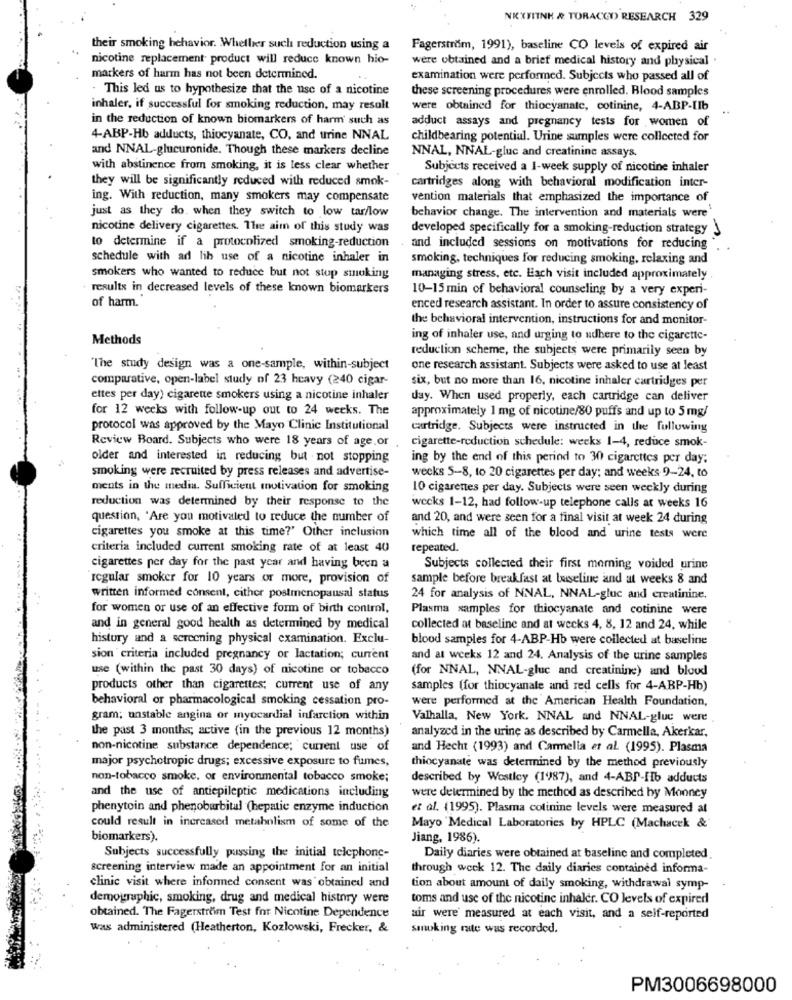
NEXFITNE & TORACCO RESEARCH 329
their smoking hehavior. Whether such reduction using a
Fagerström, 1991), baseline CO levels of expired air
nicotine replacement product will reduce known hio-
were obtained and a brief medical history and physical .
markers of harm has not been determined.
examination were performed. Subjects who passed all of
. This led us to hypothesize that the use of a nicotine
these screening procedures were enrolled. Blood samples
inhaler, if successful for smoking reduction, may result
were obtained for thiocyanate, cotinine, 4-ABP-LIb
in the reduction of known biomarkers of harm such as
adduct assays and pregnancy tests for women of
4-ABP-Hb adducts, thiocyanate, CO, and urine NNAL
childbearing potential. Urine sumples were collected for
and NNAL-glucuronide. Though these markers decline
NNAL, NNAL-gluc and creatinine assays.
with abstinence from smoking, it is less clear whether
Subjects received a I-week supply of nicotine inhaler
they will be significantly reduced with reduced smok-
cartridges along with behavioral modification inter-
ing. With reduction, many smokers may compensate
vention materials that emphasized the importance of
just as they do. when they switch to low tar/low
behavior change. The intervention and materials were'
nicotine delivery cigarettes. The aim of this study was
developed specifically for a smoking-reduction strategy }
to determine if a protocolized smoking-reduction
and included sessions on motivations for reducing
schedule with ad lib use of a nicotine inhaler in
smoking, techniques for reducing smoking, relaxing and
smokers who wanted to reduce but not stop smoking
managing stress, etc. Each visit included approximately
results in decreased levels of these known biomarkers
10-15 min of behavioral counseling by a very experi-
of harm.'
enced research assistant. In order to assure consistency of
the behavioral intervention, instructions for and monitor-
Methods
ing of inhaler use, and urging to adhere to the cigarette-
reduction scheme, the subjects were primarily seen by
"The study design was a one-sample, within-subject
one research assistant. Subjects were asked to use at least
comparative, open-label study of 23 heavy (240 cigar-
six, but no more than 16, nicotine inhaler cartridges per
ettes per day) cigarette smokers using a nicotine inhaler
day. When used properly, each cartridge can deliver
for 12 weeks with follow-up out to 24 weeks. The
approximately 1 mg of nicotine/80 puffs and up to 5 mg/
protocol was approved by the Mayo Clinic Institutional
cartridge. Subjects were instructed in the following
cigarette-reduction schedule: weeks 1-4, reduce smok-
Review Board. Subjects who were 18 years of age or ,
older and interested in reducing but not stopping
ing by the end of this perind to 30 cigarettes per day;
smoking were recruited by press releases and advertise-
weeks 5-8, to 20 cigarettes per day; and weeks 9-24, to
ments in the media. Sufficient motivation for smoking
10 cigarettes per day. Subjects were seen weekly during
reduction was determined by their response to the
wecks 1-12, had follow-up telephone calls at weeks 16
question, 'Are you motivated to reduce the number of
and 20, and were seen for a final visit at week 24 during
cigarettes you smoke at this time?' Other inclusion
which time all of the blood and urine tests were
criteria included current smoking rate of at least 40
repeated.
cigarettes per day for the past year and having been a
Subjects collected their first morning voided urine
regular smoker for 10 years or more, provision of
sample before breakfast at luseline and at weeks 8 and
written informed consent, cither postmenopausal status
24 for analysis of NNAL, NNAL-gluc and creatinine.
for women or use of an effective form of birth control,
Plasma xamples for thiocyanate and cotinine were
and in general good health as determined by medical
collected at baseline and at wecks 4, 8, 12 and 24, while
history and a screening physical examination. Exclu-
blood samples for 4-ABP-Hb were collected at baseline
sion criteria included pregnancy or lactation; current
and at weeks 12 and 24. Analysis of the urine samples
use (within the past 30 days) of nicotine or tobacco
(for NNAL, NNAL-gluc and creatinine) and blood
products other than cigarettes; current use of any
samples (for thiocyanale and red cells for 4-ABP-Hb)
behavioral or pharmacological smoking cessation pro-
were performed at the American Health Foundation,
gram; unstable angina or myocardial infarction within
Valhalla, New York. NNAL and NNAL-gluc were
the past 3 months; active (in the previous 12 months)
analyzed in the urine as described by Carmella, Akerkar,
non-nicotine substance dependence; current use of
and Hecht (1993) and Carmella et al. (1995). Plasma
major psychotropic drugs; excessive exposure to fumes,
thiocyanate was determined by the method previously
non-tobacco smoke, or environmental tobacco smoke;
described by Westley (1)87), and 4-ABP-fb adducts
and the use of antiepileptic medications including
were determined by the method as described by Monney
phenytoin and phenobarbital (hepatic enzyme induction
et al. (1995). Plasma colinine levels were measured at
could result in increased metabolism of some of the
Mayo 'Medical Laboratories by HPLC (Machacek &
biomarkers).
Jiang, 1986).
Subjects successfully passing the initial telephone-
Daily diaries were obtained at baseline and completed.
screening interview made an appointment for an initial
through week 12. The daily diaries contained informa-
clinic visit where informed consent was obtained and
tion about amount of daily smoking, withdrawal symp-
demographic, smoking, drug and medical history were
toms and use of the nicotine inhaler. CO levels of expired
obtained. The Fagerstrom Test for Nicotine Dependence
air were measured at each visit, and a self-reported
was administered (Heatherton, Kozlowski, Frecker, &
smoking rate was recorded.
PM3006698000